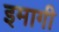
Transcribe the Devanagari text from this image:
इमागी